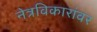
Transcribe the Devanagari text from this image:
नेत्रविकारांवर